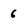
Character: 6